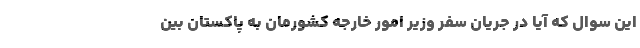
این سوال که آیا در جریان سفر وزیر امور خارجه کشورمان به پاکستان بین